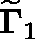
{ \widetilde { \mathbf { \Gamma } } } _ { 1 }